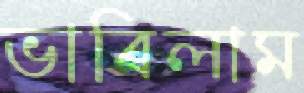
ভাবিলাম